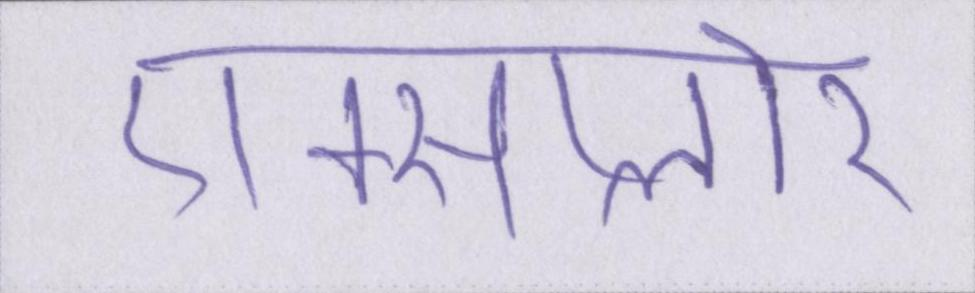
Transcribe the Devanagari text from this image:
एक्सप्लोर